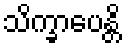
သိက္ခာပေန္တိ